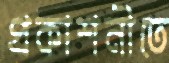
প্রকাশনীতে